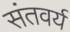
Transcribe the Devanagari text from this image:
संतवर्य